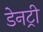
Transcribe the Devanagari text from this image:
डेनट्री